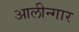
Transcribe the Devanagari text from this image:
आलीन्गार